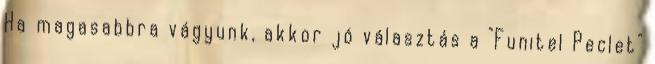
Ha magasabbra vágyunk, akkor jó választás a "Funitel Peclet"